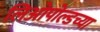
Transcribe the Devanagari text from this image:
लिओपोल्डच्या